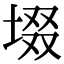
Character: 㙍